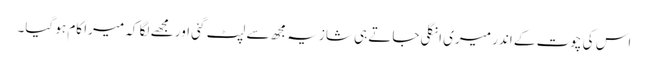
اس کی چوت کے اندر میری انگلی جاتے ہی شازیہ مجھ سے لپٹ گئی اور مجھے لگا کہ میرا کام ہو گیا۔